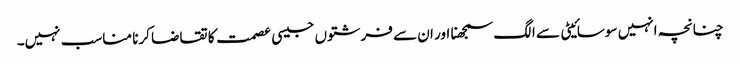
چنانچہ انہیں سوسائیٹی سے الگ سمجھنا اور ان سے فرشتوں جیسی عصمت کا تقاضا کرنا مناسب نہیں۔